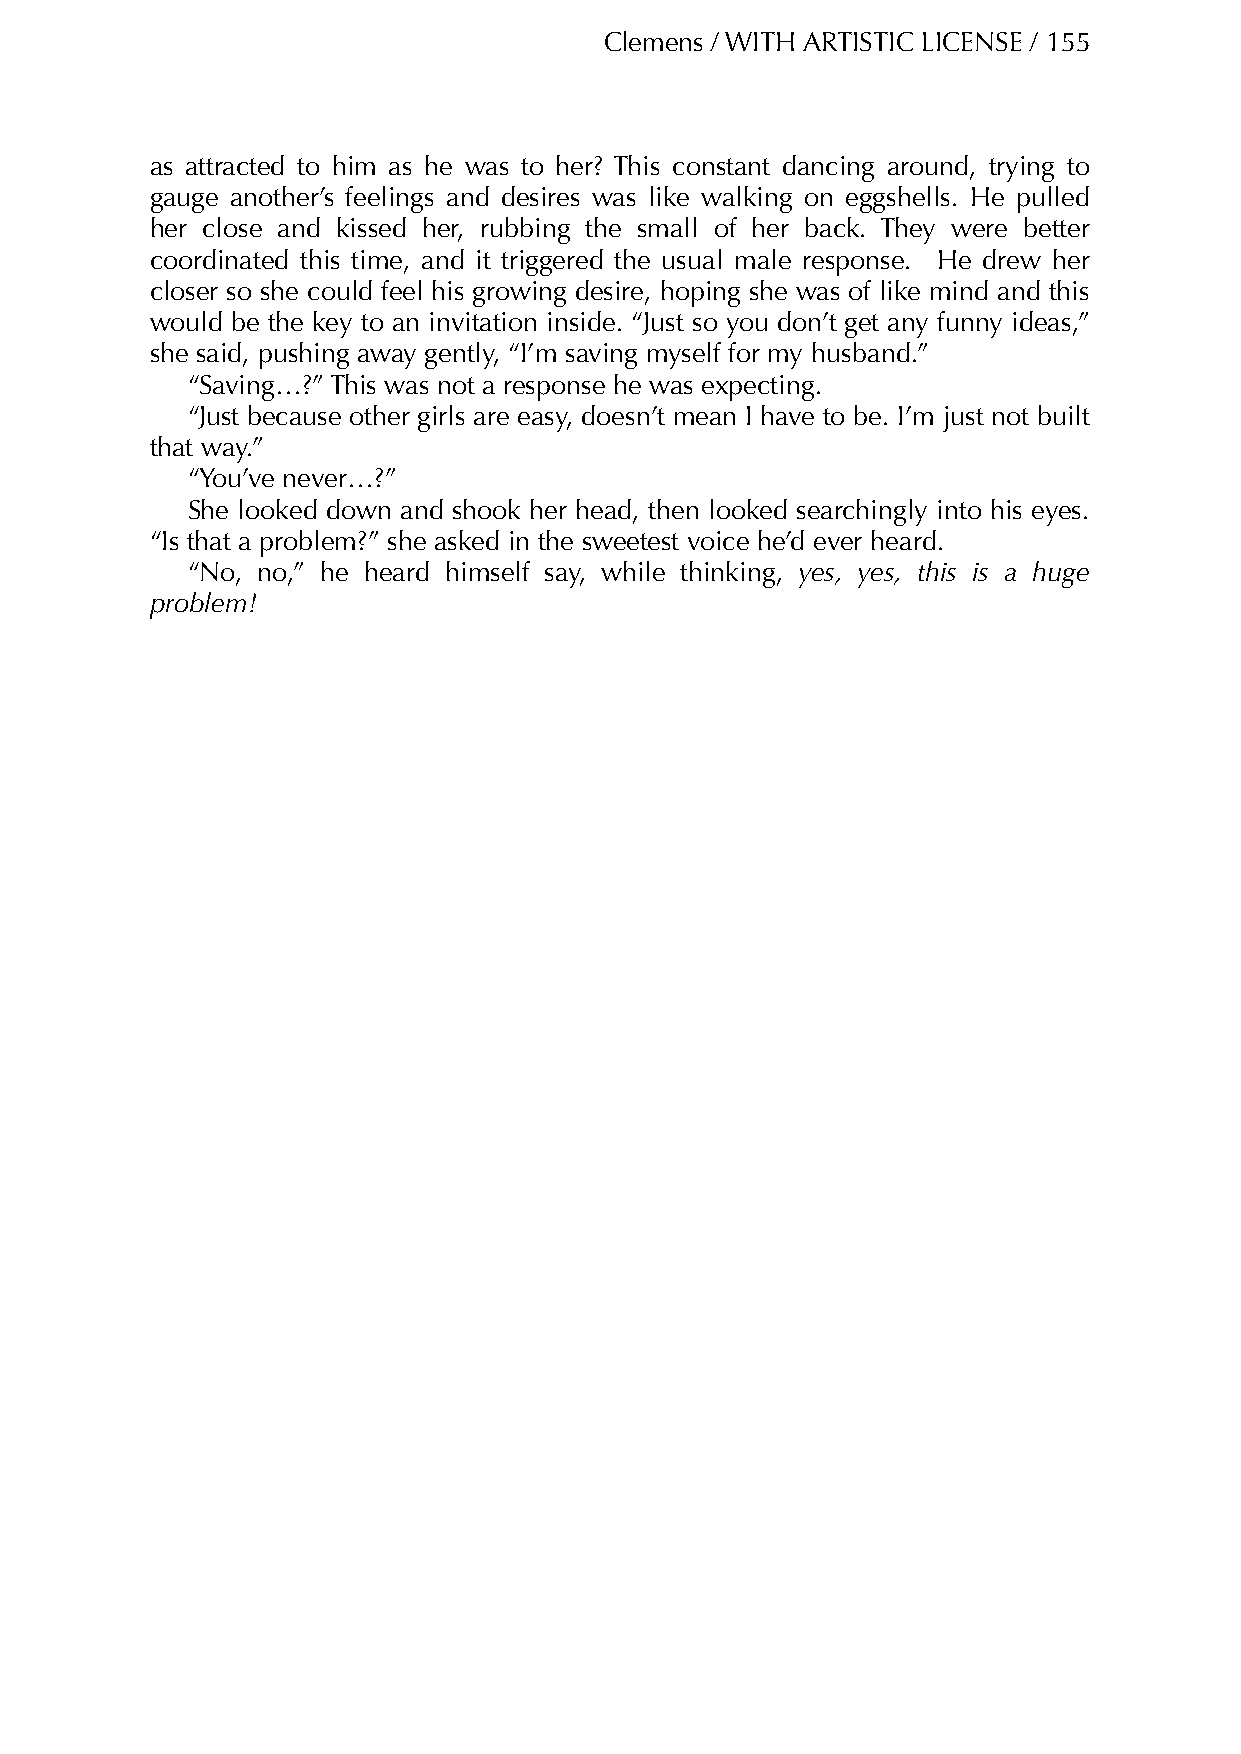
Clemens / WITH ARTISTIC LICENSE / 155
 as attracted to him as he was to her? This constant dancing around, trying to
 gauge another’s feelings and desires was like walking on eggshells. He pulled
 her close and kissed her, rubbing the small of her back. They were better
 coordinated this time, and it triggered the usual male response. He drew her
 closer so she could feel his growing desire, hoping she was of like mind and this
 would be the key to an invitation inside. “Just so you don’t get any funny ideas,”
 she said, pushing away gently, “I’m saving myself for my husband.”
 “Saving…?” This was not a response he was expecting.
 “Just because other girls are easy, doesn’t mean I have to be. I’m just not built
 that way.”
 “You’ve never…?”
 She looked down and shook her head, then looked searchingly into his eyes.
 “Is that a problem?” she asked in the sweetest voice he’d ever heard.
 “No, no,” he heard himself say, while thinking, yes, yes, this is a huge
 problem!